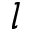
l